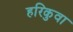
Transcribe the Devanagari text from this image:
हरिकुवा